King Institute of Preventive Medicine Micro-Biological Section reports 1909-11
Year: 1909
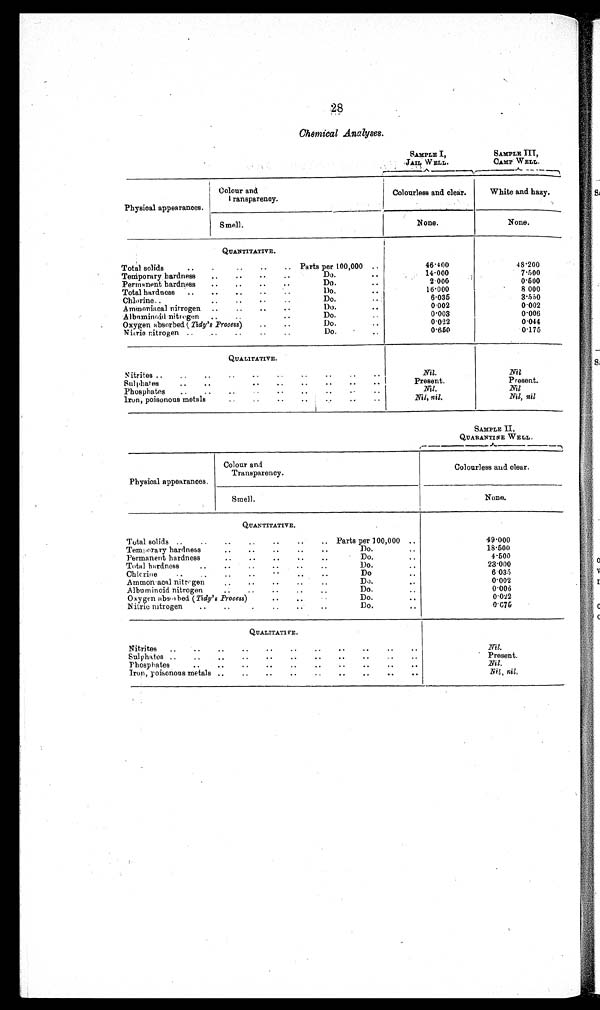
28
Chemical Analyses.
SAMPLE I,
JAIL W ELL.
SAMPLE III,
CAMP WELL.
Physical appearances.
Colour and
Transparency.
Colourless and clear.
White and hazy.
Smell.
None.
None.
QUANTITATIVE.
Total solids
Parts per 100,000
46·400
48·200
Temporary hardness
Do.
14·000
7·500
Permanent hardness
Do.
2·000
0·500
Total hardness
Do.
16·000
8·000
Chlorine
Do.
6·035
3·550
Ammoniacal nitrogen
Do.
0·002
0·002
Albnminoid nitrogen
Do.
0·003
0·006
Oxygen absorbed ( Tidy's Process)
Do.
0·022
0·044
Nitric nitrogen
Do.
0·650
0·175
QUALITATIVE.
Nitrites
Nil.
Nil
Sulphates
Present.
Present.
Phosphate
Nil.
Nil
Iron, poisonous metals
Nil, nil.
Nil, nil
SAMPLE II,
QUARANTINE ELL.
Physical appearances.
Colour and
Transparency.
Colourless and clear.
Smell.
None.
QUANTITATIVE.
Total solids
Parts per 100,000
49·000
Temporary hardness
Do.
18·500
Permanent hardness
Do.
4 · 5 0 0
Total hardness
Do.
23·000
Chlorine
Do
6·035
Ammoniacal nitrogen
Do.
0·002
Albuminoid nitrogen
Do.
0 · 0 0 6
Oxygen abserbed ( Tidy's Process)
Do.
0·022
Nitric nitrogen
Do.
0·070
QUALITATIVE.
Nitrites
Nil.
Sulphates
Present.
Phosphates
Nil.
Iron, poisonous metals
Nil, nil.